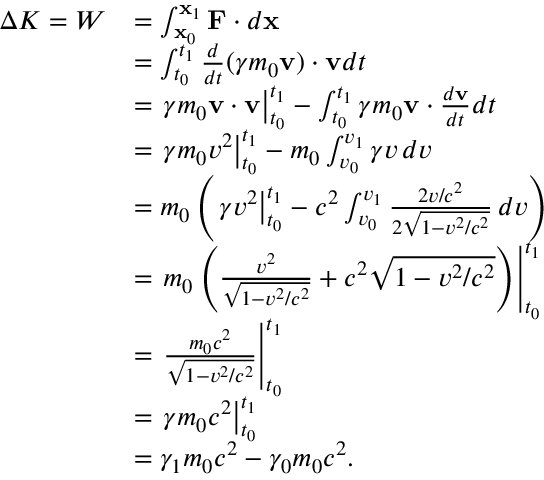
{ \begin{array} { r l } { \Delta K = W } & { = \int _ { \mathbf { x } _ { 0 } } ^ { \mathbf { x } _ { 1 } } \mathbf { F } \cdot d \mathbf { x } } \\ & { = \int _ { t _ { 0 } } ^ { t _ { 1 } } { \frac { d } { d t } } ( \gamma m _ { 0 } \mathbf { v } ) \cdot \mathbf { v } d t } \\ & { = \left. \gamma m _ { 0 } \mathbf { v } \cdot \mathbf { v } \right| _ { t _ { 0 } } ^ { t _ { 1 } } - \int _ { t _ { 0 } } ^ { t _ { 1 } } \gamma m _ { 0 } \mathbf { v } \cdot { \frac { d \mathbf { v } } { d t } } d t } \\ & { = \left. \gamma m _ { 0 } v ^ { 2 } \right| _ { t _ { 0 } } ^ { t _ { 1 } } - m _ { 0 } \int _ { v _ { 0 } } ^ { v _ { 1 } } \gamma v \, d v } \\ & { = m _ { 0 } \left( \left. \gamma v ^ { 2 } \right| _ { t _ { 0 } } ^ { t _ { 1 } } - c ^ { 2 } \int _ { v _ { 0 } } ^ { v _ { 1 } } { \frac { 2 v / c ^ { 2 } } { 2 { \sqrt { 1 - v ^ { 2 } / c ^ { 2 } } } } } \, d v \right) } \\ & { = \left. m _ { 0 } \left( { \frac { v ^ { 2 } } { \sqrt { 1 - v ^ { 2 } / c ^ { 2 } } } } + c ^ { 2 } { \sqrt { 1 - v ^ { 2 } / c ^ { 2 } } } \right) \right| _ { t _ { 0 } } ^ { t _ { 1 } } } \\ & { = \left. { \frac { m _ { 0 } c ^ { 2 } } { \sqrt { 1 - v ^ { 2 } / c ^ { 2 } } } } \right| _ { t _ { 0 } } ^ { t _ { 1 } } } \\ & { = \left. { \gamma m _ { 0 } c ^ { 2 } } \right| _ { t _ { 0 } } ^ { t _ { 1 } } } \\ & { = \gamma _ { 1 } m _ { 0 } c ^ { 2 } - \gamma _ { 0 } m _ { 0 } c ^ { 2 } . } \end{array} }